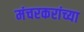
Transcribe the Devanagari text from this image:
मंचरकरांच्या